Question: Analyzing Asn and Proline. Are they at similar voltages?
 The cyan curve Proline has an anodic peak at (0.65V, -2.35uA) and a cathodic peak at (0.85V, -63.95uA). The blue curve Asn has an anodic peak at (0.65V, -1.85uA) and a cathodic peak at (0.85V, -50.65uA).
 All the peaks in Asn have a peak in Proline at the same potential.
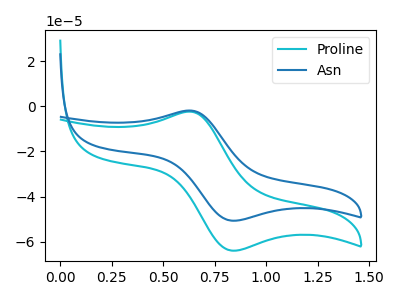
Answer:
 <answer>"Asn" and "Proline" are similar in shape.</answer>
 <eval>same_shape</eval>